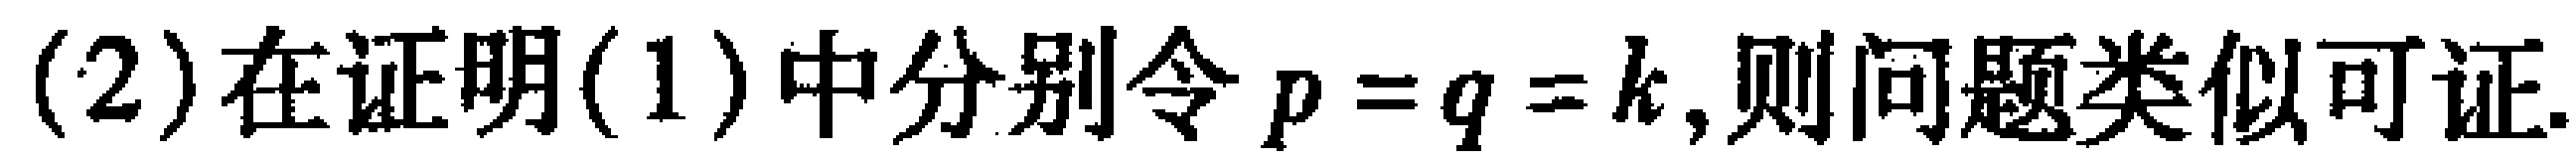
(2)在证明(1)中分别令\(p = q = k\),则问题类似可证.